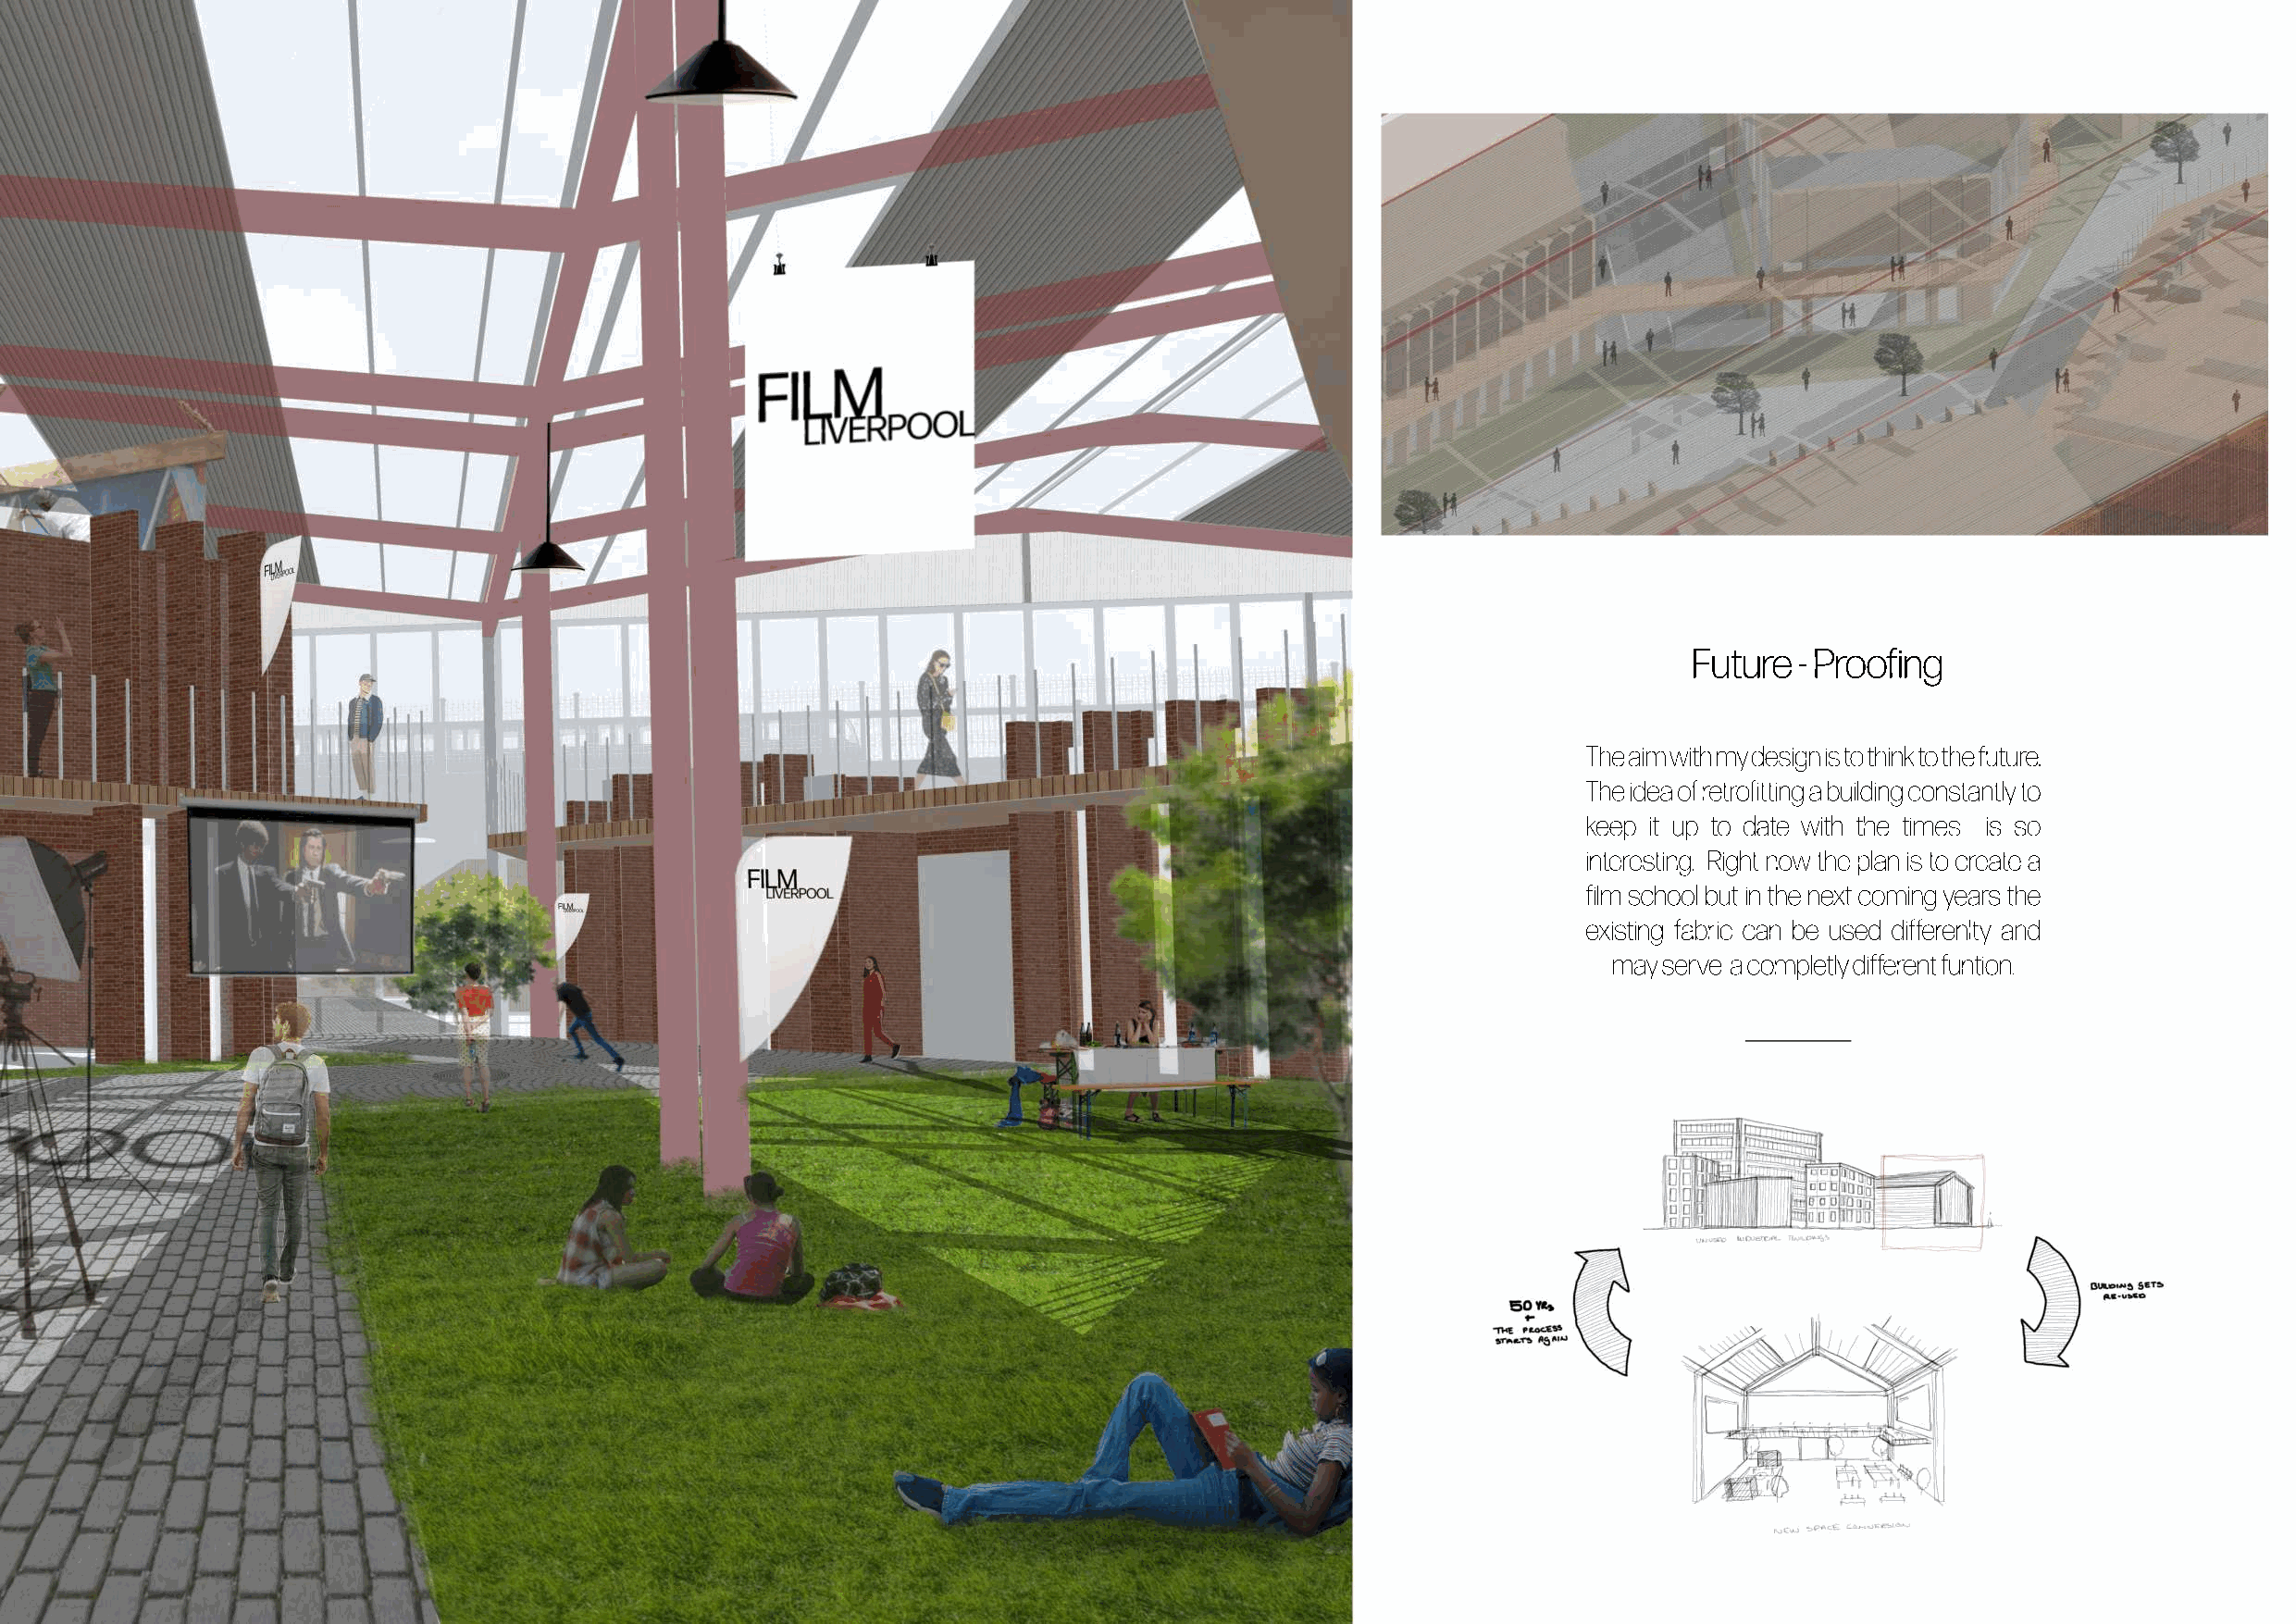
Future  - Proofing
 The aim with my design is to think to the future.
 The idea of retrofitting a building constantly to
 keep it up to date with the times is so
 interesting. Right now the plan is to create a
 film school but in the next coming years the
 existing fabric can be used differenlty and
 may serve a completly different funtion.